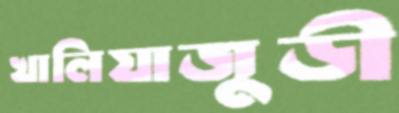
খালিয়াজুড়ী